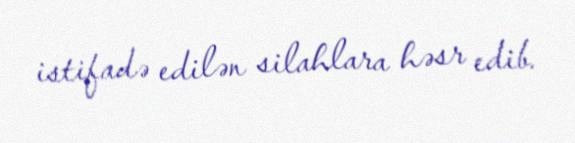
istifadə edilən silahlara həsr edib.